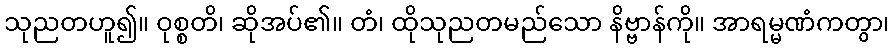
သုညတဟူ၍။ ဝုစ္စတိ၊ ဆိုအပ်၏။ တံ၊ ထိုသုညတမည်သော နိဗ္ဗာန်ကို။ အာရမ္မဏံကတွာ၊